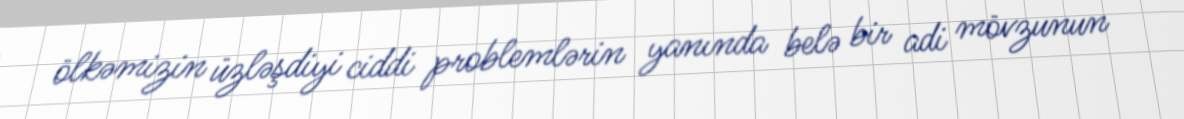
ölkəmizin üzləşdiyi ciddi problemlərin yanında belə bir adi mövzunun